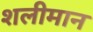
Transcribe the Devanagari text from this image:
शलीमान